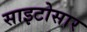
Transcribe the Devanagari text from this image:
साइटोसार